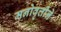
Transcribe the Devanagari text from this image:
मनोवृत्तीने